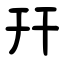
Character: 幵